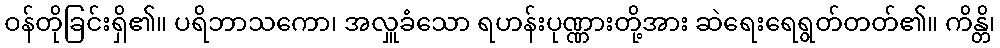
ဝန်တိုခြင်းရှိ၏။ ပရိဘာသကော၊ အလှူခံသော ရဟန်းပုဏ္ဏားတို့အား ဆဲရေးရေရွတ်တတ်၏။ ကိန္တိ၊